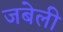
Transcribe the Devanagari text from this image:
जबेली